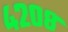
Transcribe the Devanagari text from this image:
४२०८